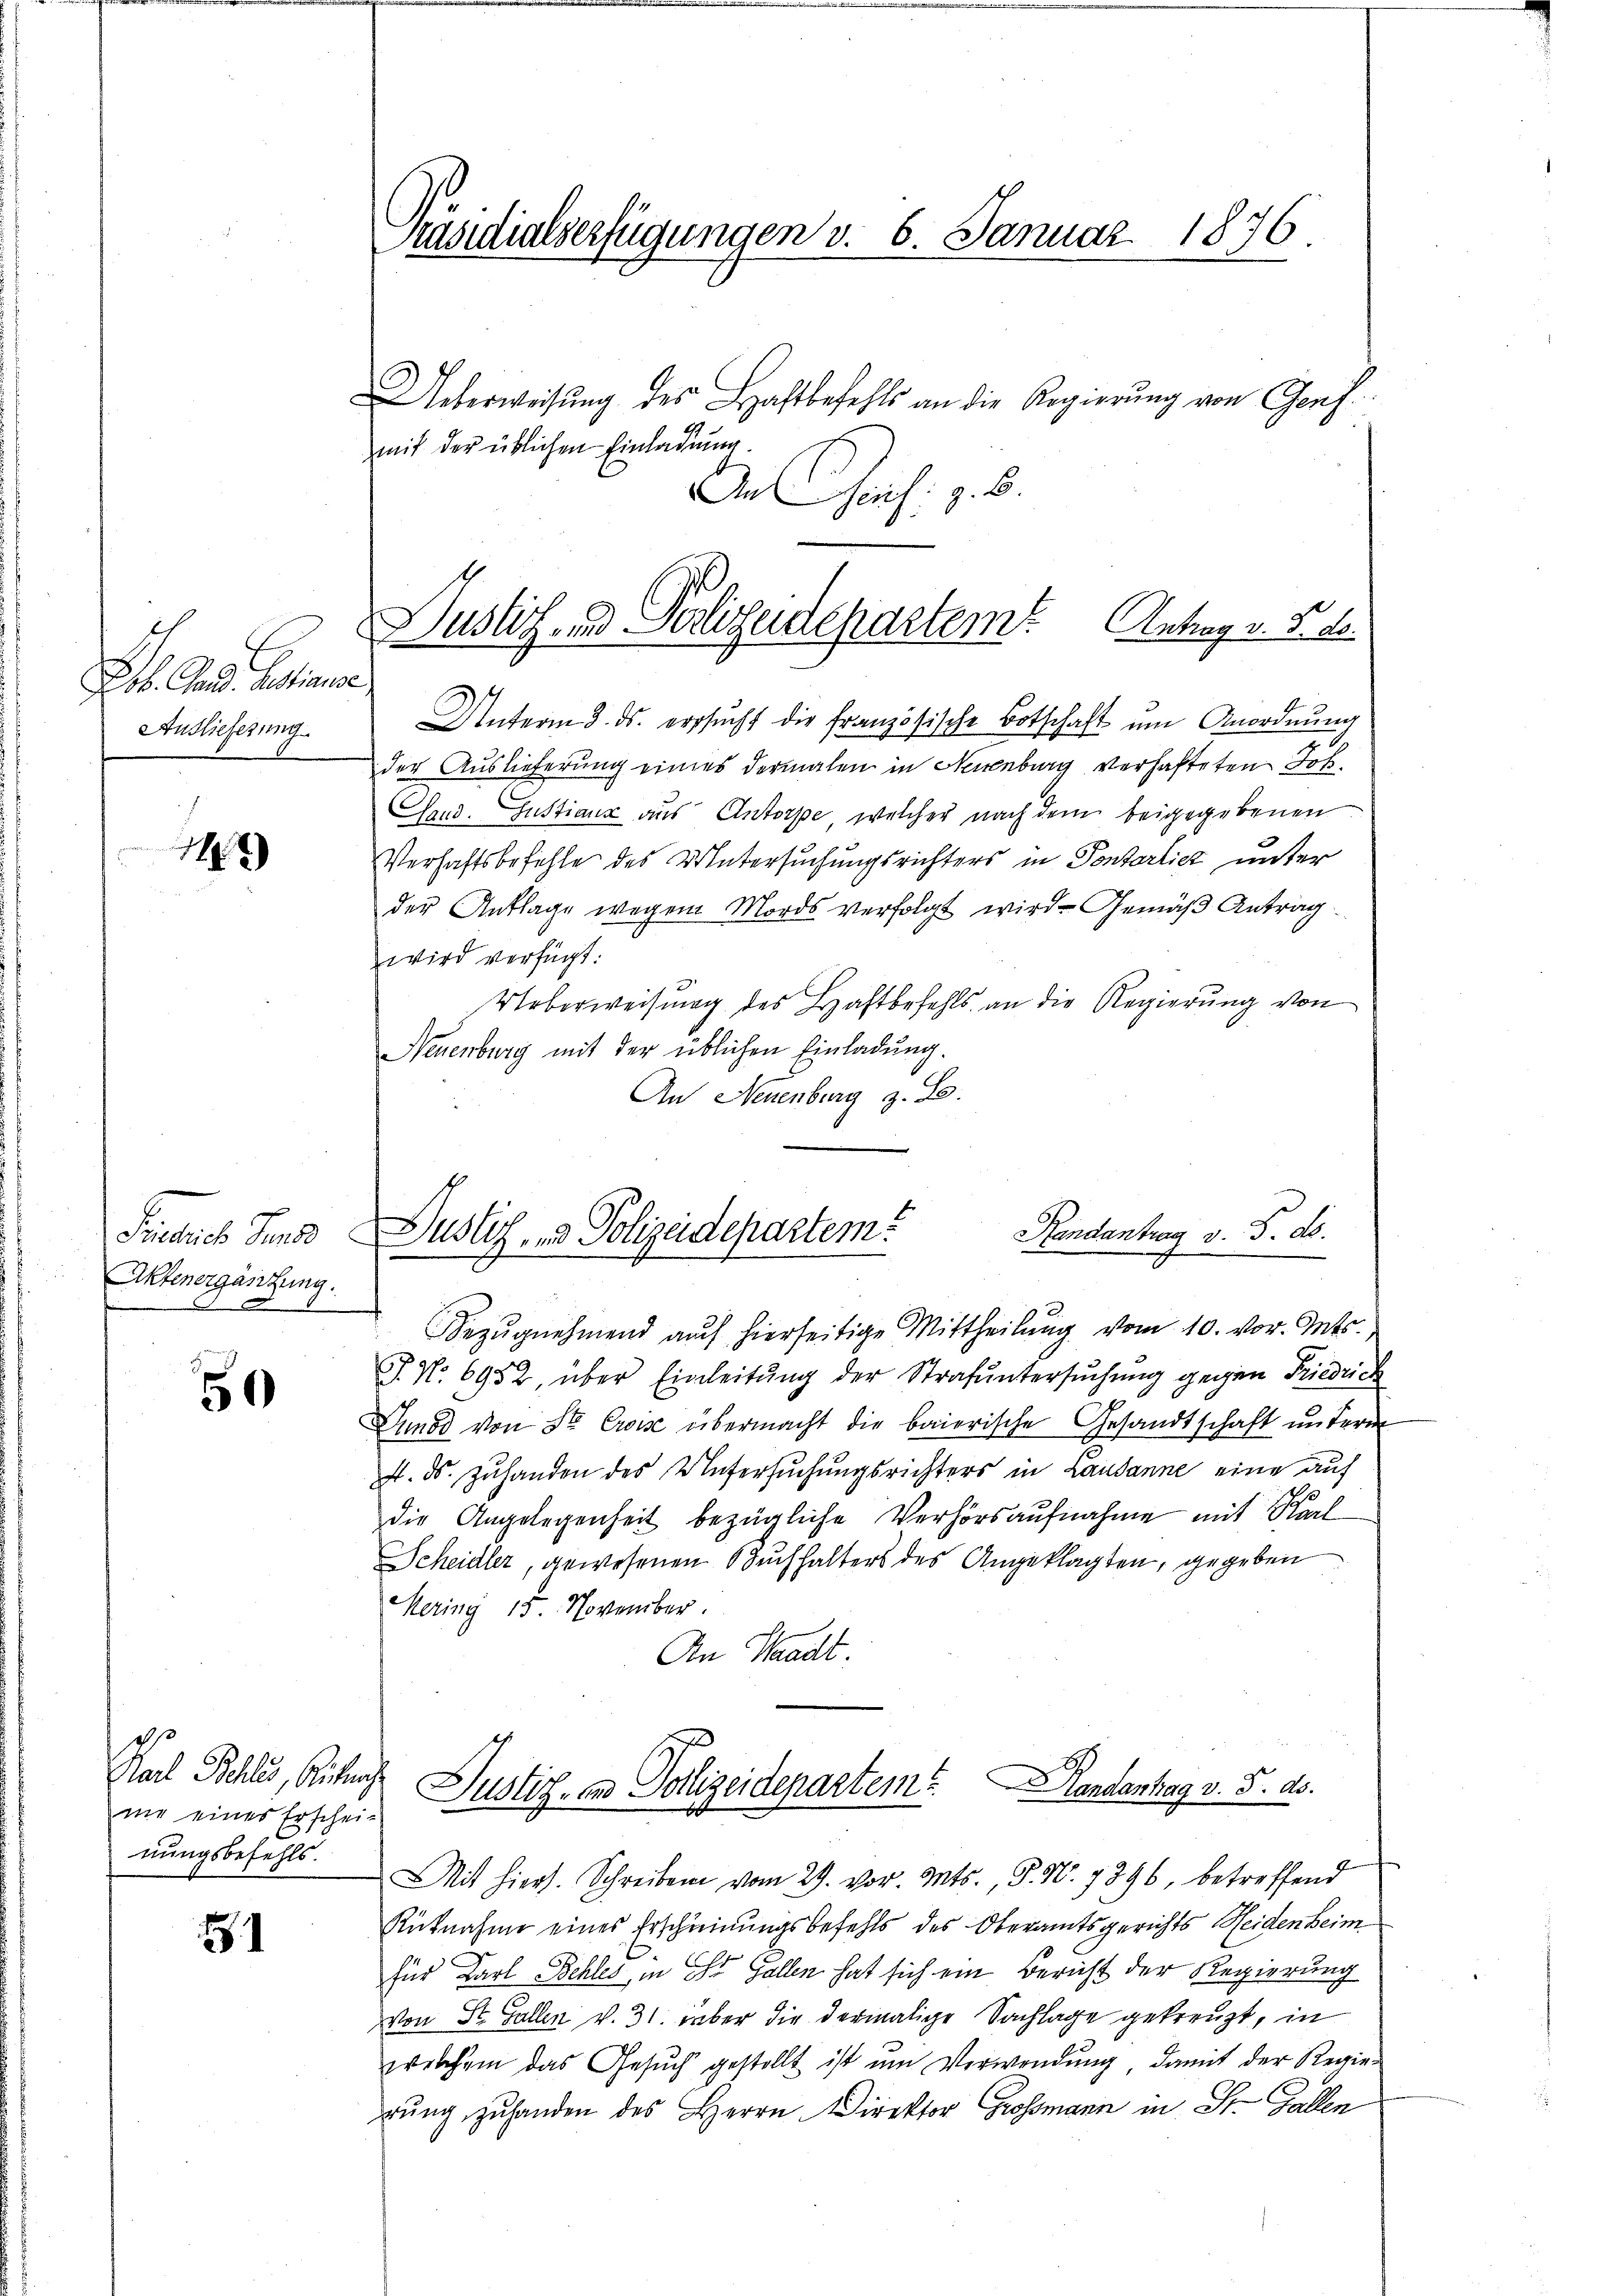
Lob. Gand. Bestiause
Auslieferung.

1)

Frenes Sand
Aktenergänzung.

50

op
Karl Behler, Reichnah
ne eines Erschei-
nungsbefehls.

1

räsidialserfügungen v. 6. Januar 1876.

Ueberweisung des Haftbefehls an die Regierŭng von Genf.
9
mit der üblichen Einlagung.
Ineich: z. B.

Justiz- & Polizeidepartem Antrag v. 5. 10.

Unterm 3. ds. ersŭcht die französische Botschaft um Anordnŭng
der Auslieferung eines dermalen in Neuenburg verhafteten Ich
Coud. Gustiaux aus Antorpe, welcher nach dem beigegebenen
Verhaftsbefehle des Untersuchungsrichters in Pontarlicz unter
der Anklage wegen Mords verfolgt wird. Gemäß Antrag
wird verfügt:
Ueberweisung des Haftbefehls an die Regierung von
Neuenburg mit der üblichen Einladung.
An Neuenburg z. B.
Bezŭgnehmend auch hierseitige Mittheilŭng vom 10. vor. Mts.,
J. No. 6952, über Einleitung der Strafuntersuchung gegen Friedrich
Dunod von Sr Crosse übermacht die baierische Gesandtschaft unterm
. ds. Zuhanden des Untersuchungsrichters in Lausanne eine auf
die Angelegenheit bezügliche Verhörsaufnahme mit Karl
Scheidler, gewesenen Buchhalters des Angeklagten, gegeben
Mering 15. November.
An Waadt.
Justiz, in Polizeidepartem Randantag v. 5. ds.
Mit hiers. Schreiben vom 29. vor. Mts., P. Nr. 7896, betreffend
Rütnahme eines Erscheinungsbefehls des Oberamtsgerichts Heiden Beim
für Karl Behles in St. Gallen hat sich ein Bericht der Regierung
von St. Gallen v. 31. Aber die dermalige Sachlage gekreuzt, in
welchem das Gesŭch gestellt ist ŭm Verwendŭng, damit der Regie-
rŭng zŭ handen des Herrn Direktor Grossmann in St. Gallen

Handantrag v. 5. ds.
Justiz- und Polizeidepartem